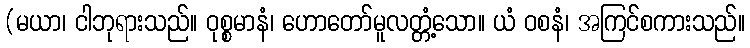
(မယာ၊ ငါဘုရားသည်။ ဝုစ္စမာနံ၊ ဟောတော်မူလတ္တံ့သော။ ယံ ဝစနံ၊ အကြင်စကားသည်။